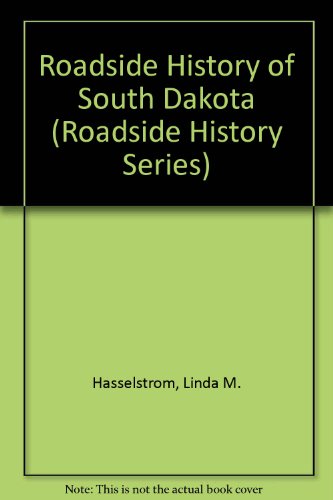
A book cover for Roadside History of South Dakota (Roadside History Series); Linda M. Hasselstrom; Travel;